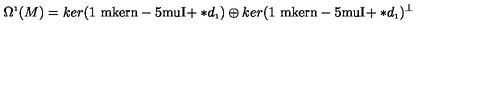
\Omega ^ { \scriptscriptstyle 1 } ( M ) = k e r ( \mathrm { 1 \ m k e r n - 5 m u I \! } + \ast d _ { \scriptscriptstyle 1 } ) \oplus k e r ( \mathrm { 1 \ m k e r n - 5 m u I \! } + \ast d _ { \scriptscriptstyle 1 } ) ^ { \perp }